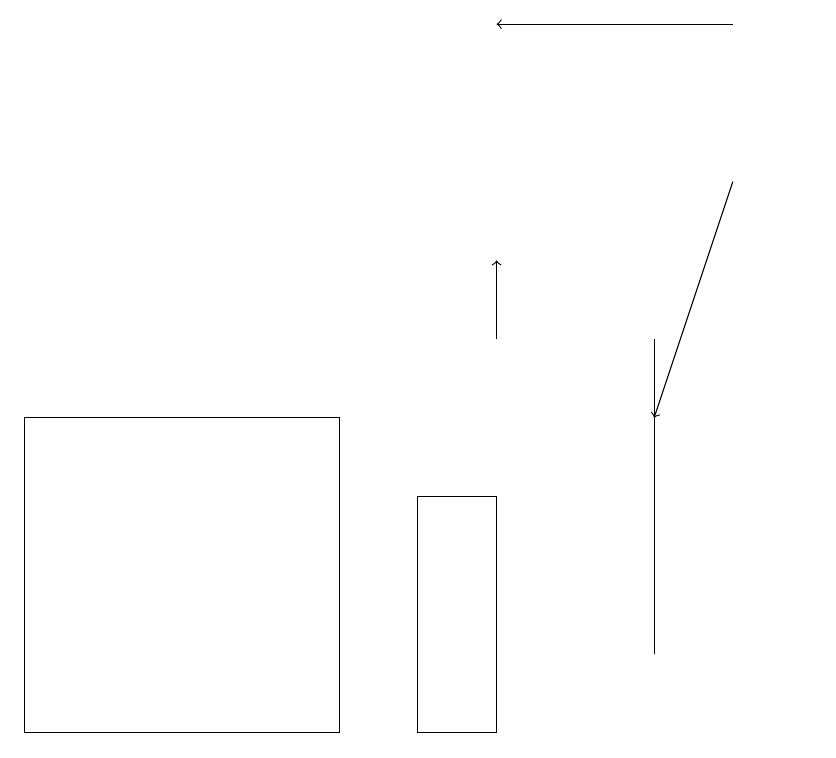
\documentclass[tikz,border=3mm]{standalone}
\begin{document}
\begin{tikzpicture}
\draw[->] (6,15) -- (6,16);
\draw (8,15) rectangle (8,11);
\draw (4,10) rectangle (0,14);
\draw[->] (9,17) -- (8,14);
\draw[->] (9,19) -- (6,19);
\draw (10,11) circle (0);
\draw (6,10) rectangle (5,13);
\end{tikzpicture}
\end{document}